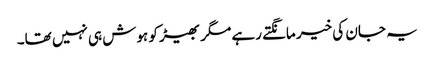
یہ جان کی خیر مانگتے رہے مگر بھیڑ کو ہوش ہی نہیں تھا۔